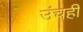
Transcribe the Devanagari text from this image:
उंचही